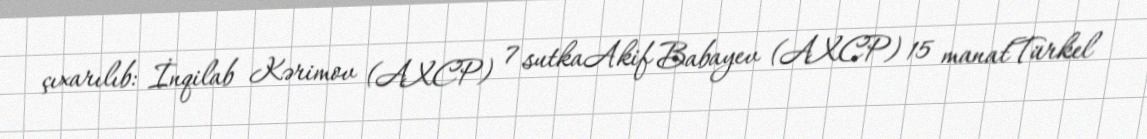
çıxarılıb: İnqilab Kərimov (AXCP) 7 sutkaAkif Babayev (AXCP) 15 manatTürkel